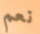
نعم